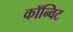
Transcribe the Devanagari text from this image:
कॉन्विट